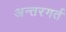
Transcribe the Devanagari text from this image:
अन्तरगर्त